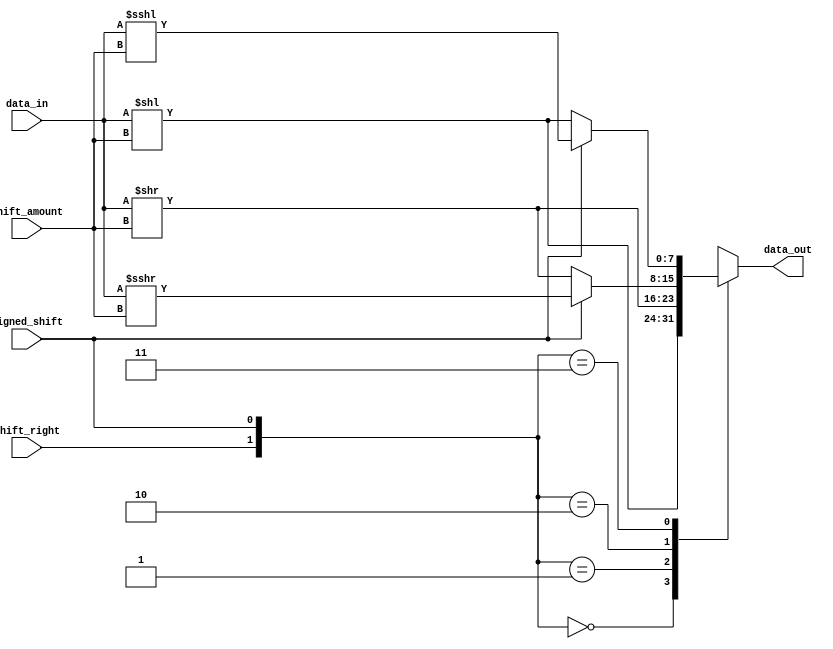
module barrel_shifter (
  input wire [7:0] data_in,
  input wire [2:0] shift_amount,
  input wire shift_right,
  input wire signed_shift,
  output reg [7:0] data_out
);

  always @(*) begin
    case ({shift_right, signed_shift})
      2'd0: data_out = data_in << shift_amount;
      2'd1: data_out = data_in >> shift_amount;
      2'd2: if (signed_shift)
              data_out = $signed(data_in) >>> shift_amount;
            else
              data_out = data_in >> shift_amount;
      2'd3: if (signed_shift)
              data_out = $signed(data_in) <<< shift_amount;
            else
              data_out = data_in << shift_amount;
      default: data_out = 8'b0;
    endcase
  end

endmodule